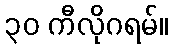
၃၀ ကီလိုဂရမ်။